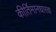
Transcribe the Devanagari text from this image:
कीर्तिमानधारक